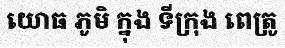
យោធ ភូមិ ក្នុង ទីក្រុង ពេត្រូ